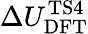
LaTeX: \Delta U_{\mathrm{DFT}}^{\mathrm{TS4}}